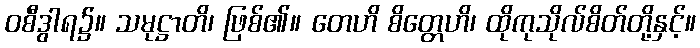
ဝစီဒွါရ၌။ သမုဋ္ဌာတိ၊ ဖြစ်၏။ တေဟိ စိတ္တေဟိ၊ ထိုကုသိုလ်စိတ်တို့နှင့်။